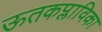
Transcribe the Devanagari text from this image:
ऊतकप्लाविका